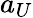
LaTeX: a_{U}